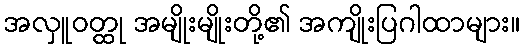
အလှူဝတ္ထု အမျိုးမျိုးတို့၏ အကျိုးပြဂါထာများ။